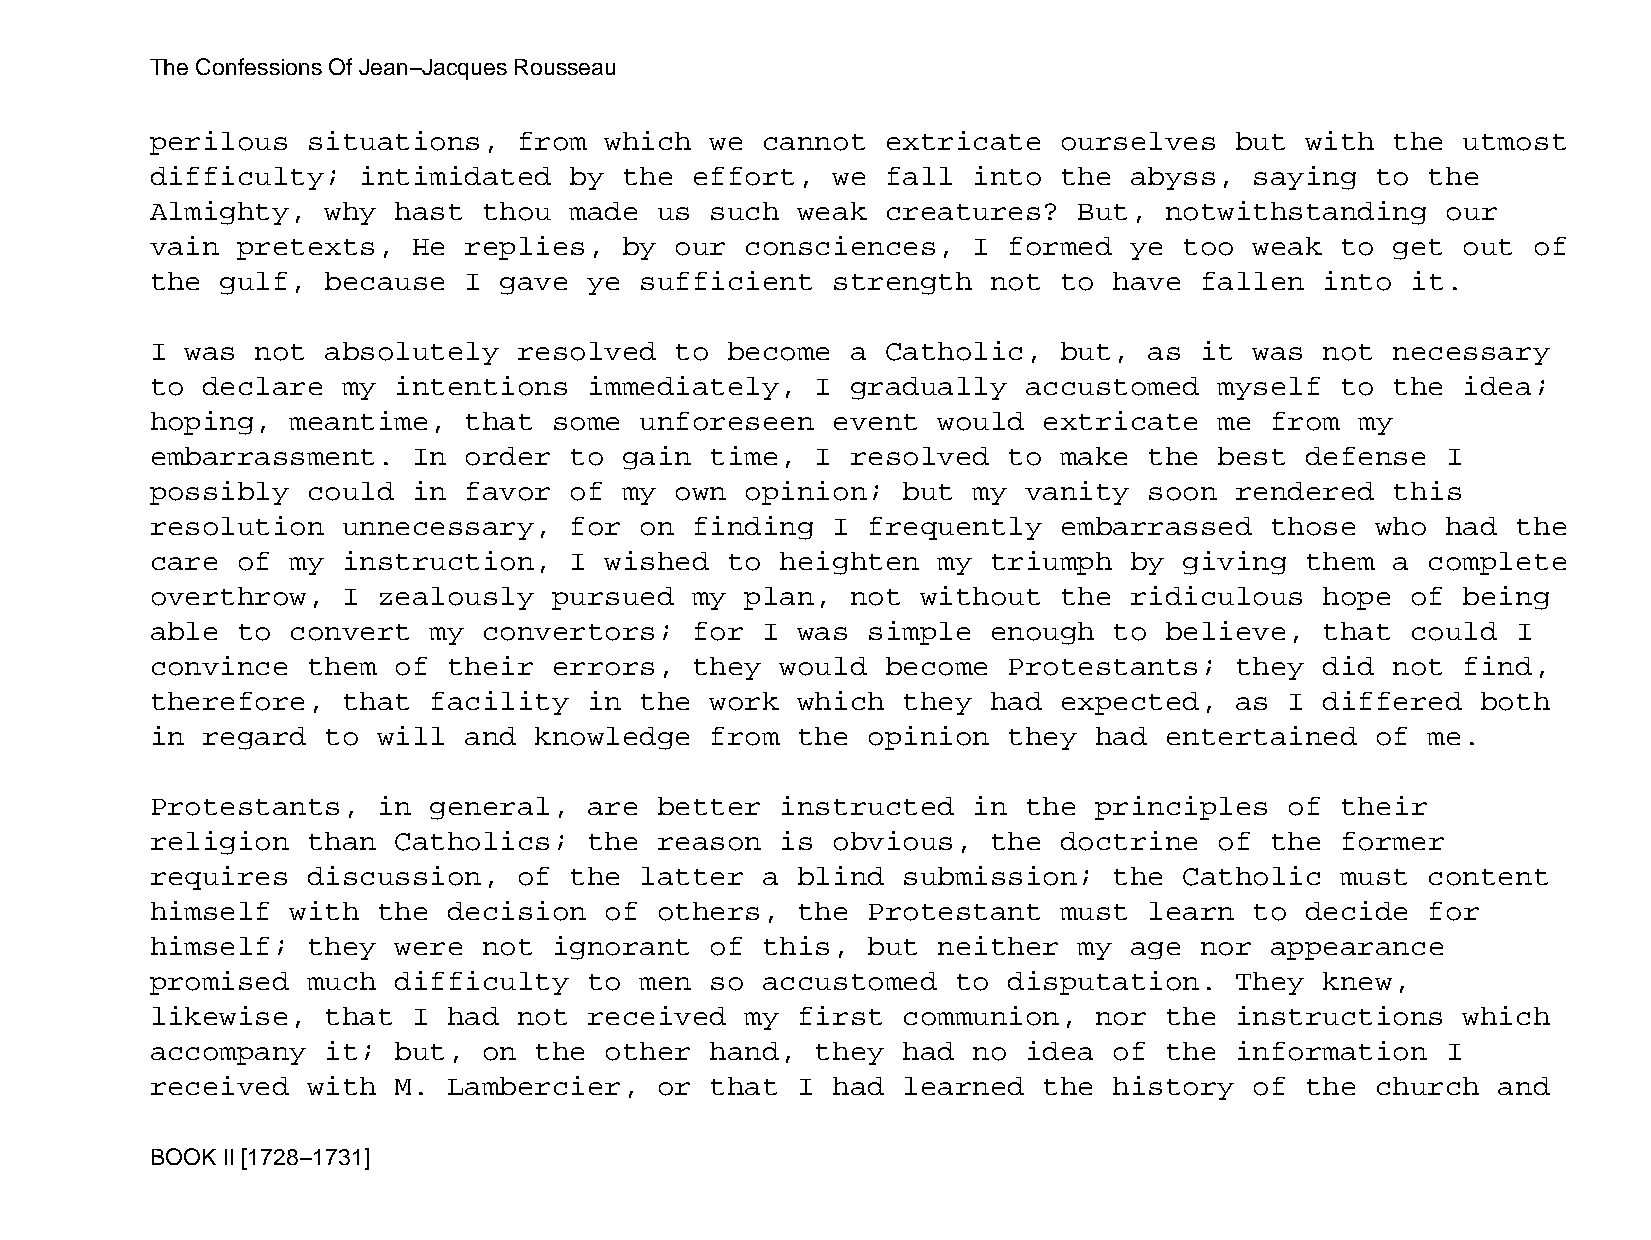
The Confessions Of Jean−Jacques Rousseau
 perilous  situations,   from  which  we cannot   extricate  ourselves   but with  the  utmost
 difficulty;   intimidated   by the  effort,  we  fall into  the  abyss,  saying  to  the
 Almighty,   why hast  thou  made  us such  weak  creatures?  But,  notwithstanding    our
 vain  pretexts,  He  replies,  by  our consciences,   I  formed  ye too  weak  to get  out of
 the  gulf,  because  I gave  ye sufficient   strength   not to  have fallen   into it.
 I was  not  absolutely  resolved   to become  a  Catholic,  but,  as it  was  not necessary
 to declare   my intentions   immediately,   I gradually   accustomed   myself  to the  idea;
 hoping,  meantime,   that  some unforeseen   event  would  extricate   me from  my
 embarrassment.   In  order  to gain  time,  I resolved   to make  the  best defense   I
 possibly  could  in  favor  of my  own opinion;   but my  vanity  soon  rendered  this
 resolution   unnecessary,   for on  finding  I frequently   embarrassed   those  who  had the
 care  of my  instruction,   I wished  to  heighten  my  triumph  by giving  them  a  complete
 overthrow,   I zealously   pursued  my plan,  not  without  the  ridiculous   hope of  being
 able  to convert  my  convertors;   for I  was simple   enough  to believe,   that could  I
 convince  them  of  their  errors,  they  would  become  Protestants;   they  did not  find,
 therefore,   that facility   in the  work  which  they  had expected,   as I  differed  both
 in regard   to will  and knowledge   from  the opinion   they had  entertained   of  me.
 Protestants,   in general,   are  better  instructed  in  the principles   of  their
 religion  than  Catholics;   the  reason  is obvious,   the doctrine   of the  former
 requires  discussion,   of  the latter  a  blind  submission;   the Catholic   must  content
 himself  with  the  decision  of  others,  the Protestant   must  learn  to decide   for
 himself;  they  were  not  ignorant  of this,  but  neither  my  age nor  appearance
 promised  much  difficulty   to men  so accustomed   to  disputation.   They  knew,
 likewise,   that I  had not  received  my  first  communion,  nor  the  instructions   which
 accompany   it; but,  on the  other  hand,  they  had no  idea  of the  information   I
 received  with  M.  Lambercier,   or that  I had  learned  the  history  of the  church  and
 BOOK II [1728−1731]